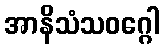
အာနိသံသဝဂ္ဂေါ